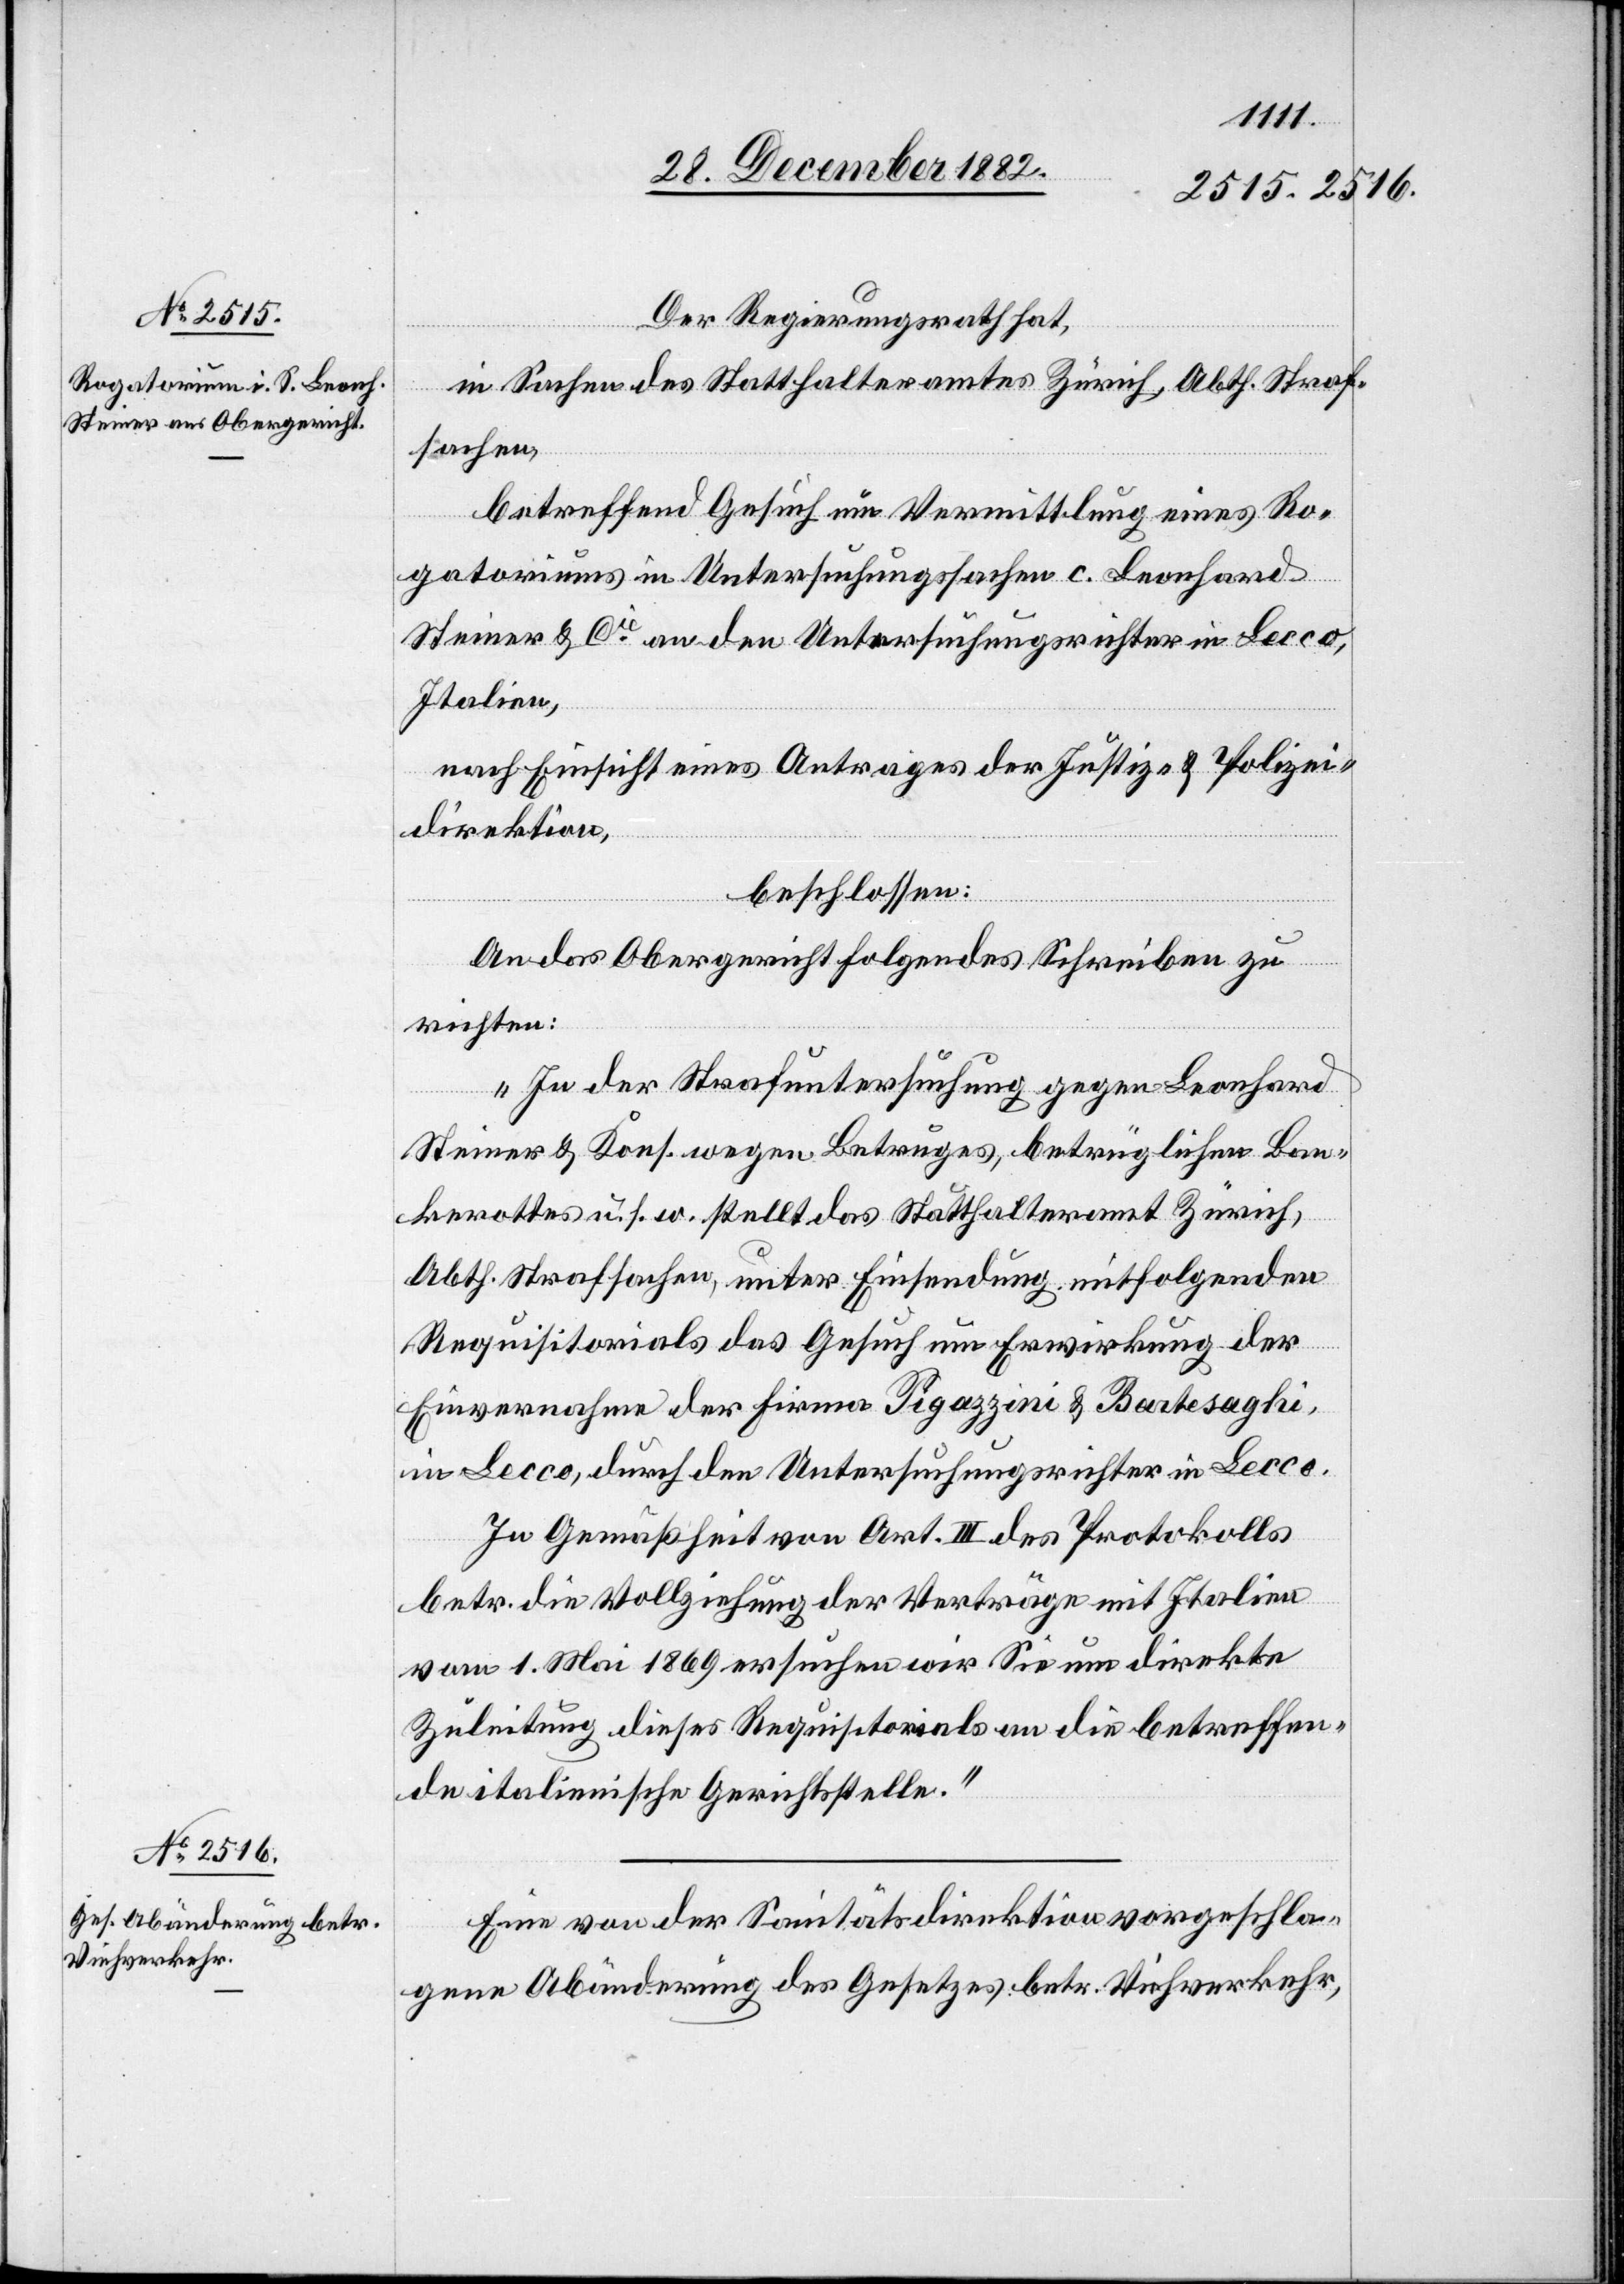
Der Regierungsrath hat,
in Sachen des Statthalteramtes Zürich, Abth. Straf¬
sachen,
betreffend Gesuch um Vermittlung eines Ro¬
gatoriums in Untersuchungssachen c. Leonhard
Steiner & Cie an den Untersuchungsrichter in Lecco,
Italien,
nach Einsicht eines Antrages der Justiz- & Polizei¬
direktion,
beschlossen:
An das Obergericht folgendes Schreiben zu
richten:
„In der Strafuntersuchung gegen Leonhard
Steiner & Kons. wegen Betruges, betrüglichen Ban¬
kerottes u. s. w. stellt das Statthalteramt Zürich,
Abth. Strafsache, unter Einsendung mitfolgenden
Requisitorials das Gesuch um Erwirkung der
Einvernahme der Firma Pigazzini & Bartesaghi,
in Lecco, durch den Untersuchungsrichter in Lecco.
In Gemäßheit von Art. III des Protokolls
betr. die Vollziehung der Verträge mit Italien
vom 1. Mai 1869 ersuchen wir Sie um direkte
Zuleitung dieses Requisitorials an die betreffen¬
de italienische Gerichtsstelle.“
Eine von der Sanitätsdirektion vorgeschla¬
gene Abänderung des Gesetzes betr. Viehverkehr,